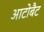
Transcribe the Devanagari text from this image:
आटोबैट